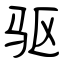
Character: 驱